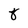
Character: 8